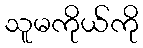
သူမကိုယ်ကို